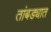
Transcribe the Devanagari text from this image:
तांबड्यात